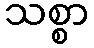
သစ္စာ